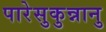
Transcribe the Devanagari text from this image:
पारेसुकुन्नानु